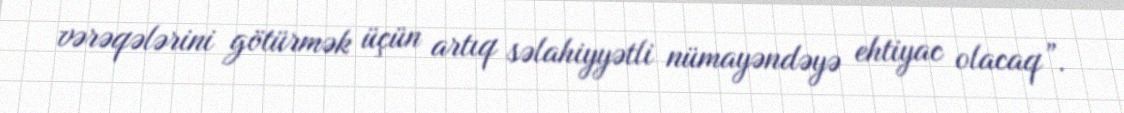
vərəqələrini götürmək üçün artıq səlahiyyətli nümayəndəyə ehtiyac olacaq”.